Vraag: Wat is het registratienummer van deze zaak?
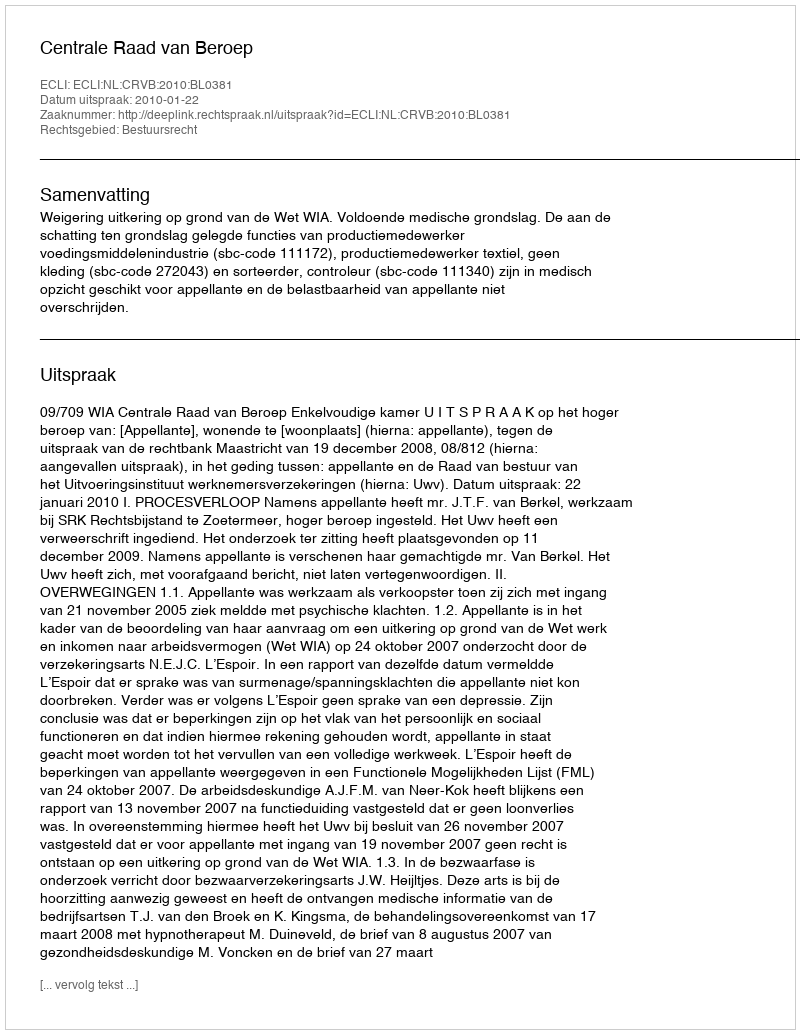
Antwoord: http://deeplink.rechtspraak.nl/uitspraak?id=ECLI:NL:CRVB:2010:BL0381